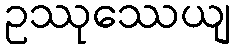
ဥဿုဿေယျ